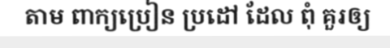
តាម ពាក្យប្រៀន ប្រដៅ ដែល ពុំ គួរឲ្យ